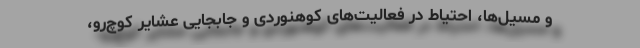
و مسیل‌ها، احتیاط در فعالیت‌های کوهنوردی و جابجایی عشایر کوچ‌رو،